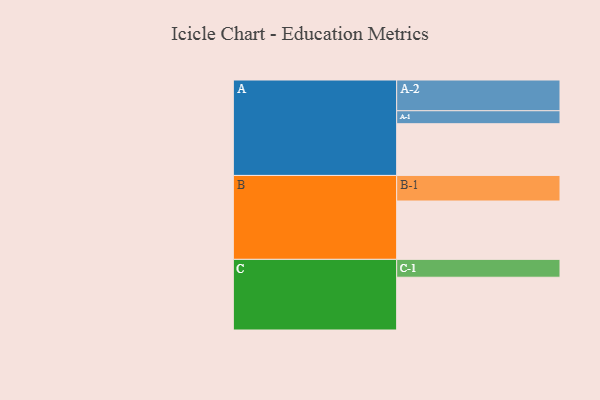
{"axis": {"x": "Segment", "y": "Value"}, "legend": ["", "A", "B", "C"], "data": [{"x": "A", "y": 498, "type": ""}, {"x": "B", "y": 562, "type": ""}, {"x": "C", "y": 508, "type": ""}, {"x": "A-1", "y": 125, "type": "A"}, {"x": "A-2", "y": 296, "type": "A"}, {"x": "B-1", "y": 246, "type": "B"}, {"x": "C-1", "y": 172, "type": "C"}]}